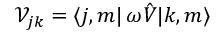
{ \mathcal V } _ { j k } = { \langle j , m | } \, \omega { \hat { V } } { | k , m \rangle }